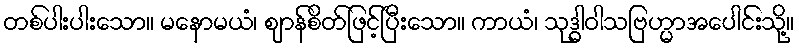
တစ်ပါးပါးသော။ မနောမယံ၊ ဈာန်စိတ်ဖြင့်ပြီးသော။ ကာယံ၊ သုဒ္ဓါဝါသဗြဟ္မာအပေါင်းသို့။